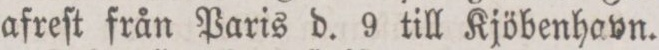
afreſt från Paris d. 9 till Kjöbenhavn.